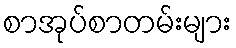
စာအုပ်စာတမ်းများ